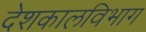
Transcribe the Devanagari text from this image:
देशकालविभाग